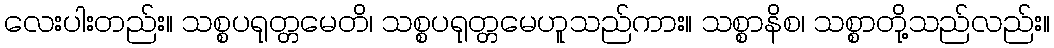
လေးပါးတည်း။ သစ္စပရုတ္တမေတိ၊ သစ္စပရုတ္တမေဟူသည်ကား။ သစ္စာနိစ၊ သစ္စာတို့သည်လည်း။